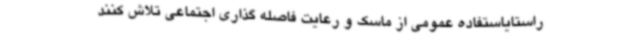
راستایاستفاده‌ عمومی از ماسک و رعایت فاصله گذاری اجتماعی تلاش کنند